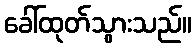
ခေါ်ထုတ်သွားသည်။